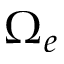
\Omega _ { e }